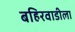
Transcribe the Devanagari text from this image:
बहिरवाडीला